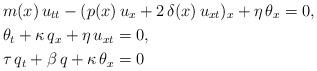
LaTeX: \begin{align*}& m(x)\,u_{tt} - (p(x)\,u_{x} + 2\,\delta(x)\,u_{xt})_{x}+ \eta\,\theta_{x}= 0, \\& \theta_{t} + \kappa\,q_{x} + \eta\,u_{xt} = 0, \\& \tau\,q_{t} + \beta\,q + \kappa\,\theta_{x}=0\end{align*}